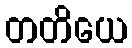
တတိယေ